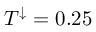
T ^ { \downarrow } = 0 . 2 5